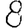
Digit: 8